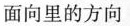
面向里的方向